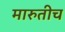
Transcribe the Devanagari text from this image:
मारुतीच